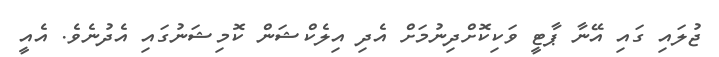
ޖުލައި ގައި އޭނާ ޕާޓީ ވަކިކޮށްދިނުމަށް އެދި އިލެކްޝަން ކޮމިޝަނުގައި އެދުނެވެ. އެއީ